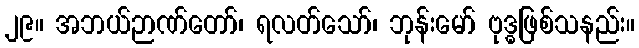
၂၉။ အဘယ်ဉာဏ်တော်၊ ရလတ်သော်၊ ဘုန်းမော် ဗုဒ္ဓဖြစ်သနည်း။